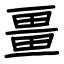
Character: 畺